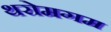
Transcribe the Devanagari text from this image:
थरोमगम